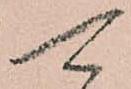
可